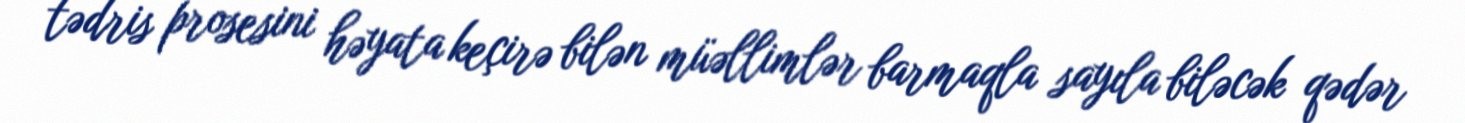
tədris prosesini həyata keçirə bilən müəllimlər barmaqla sayıla biləcək qədər